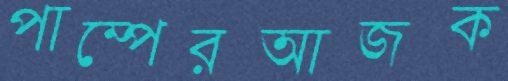
পাম্পেরআজক